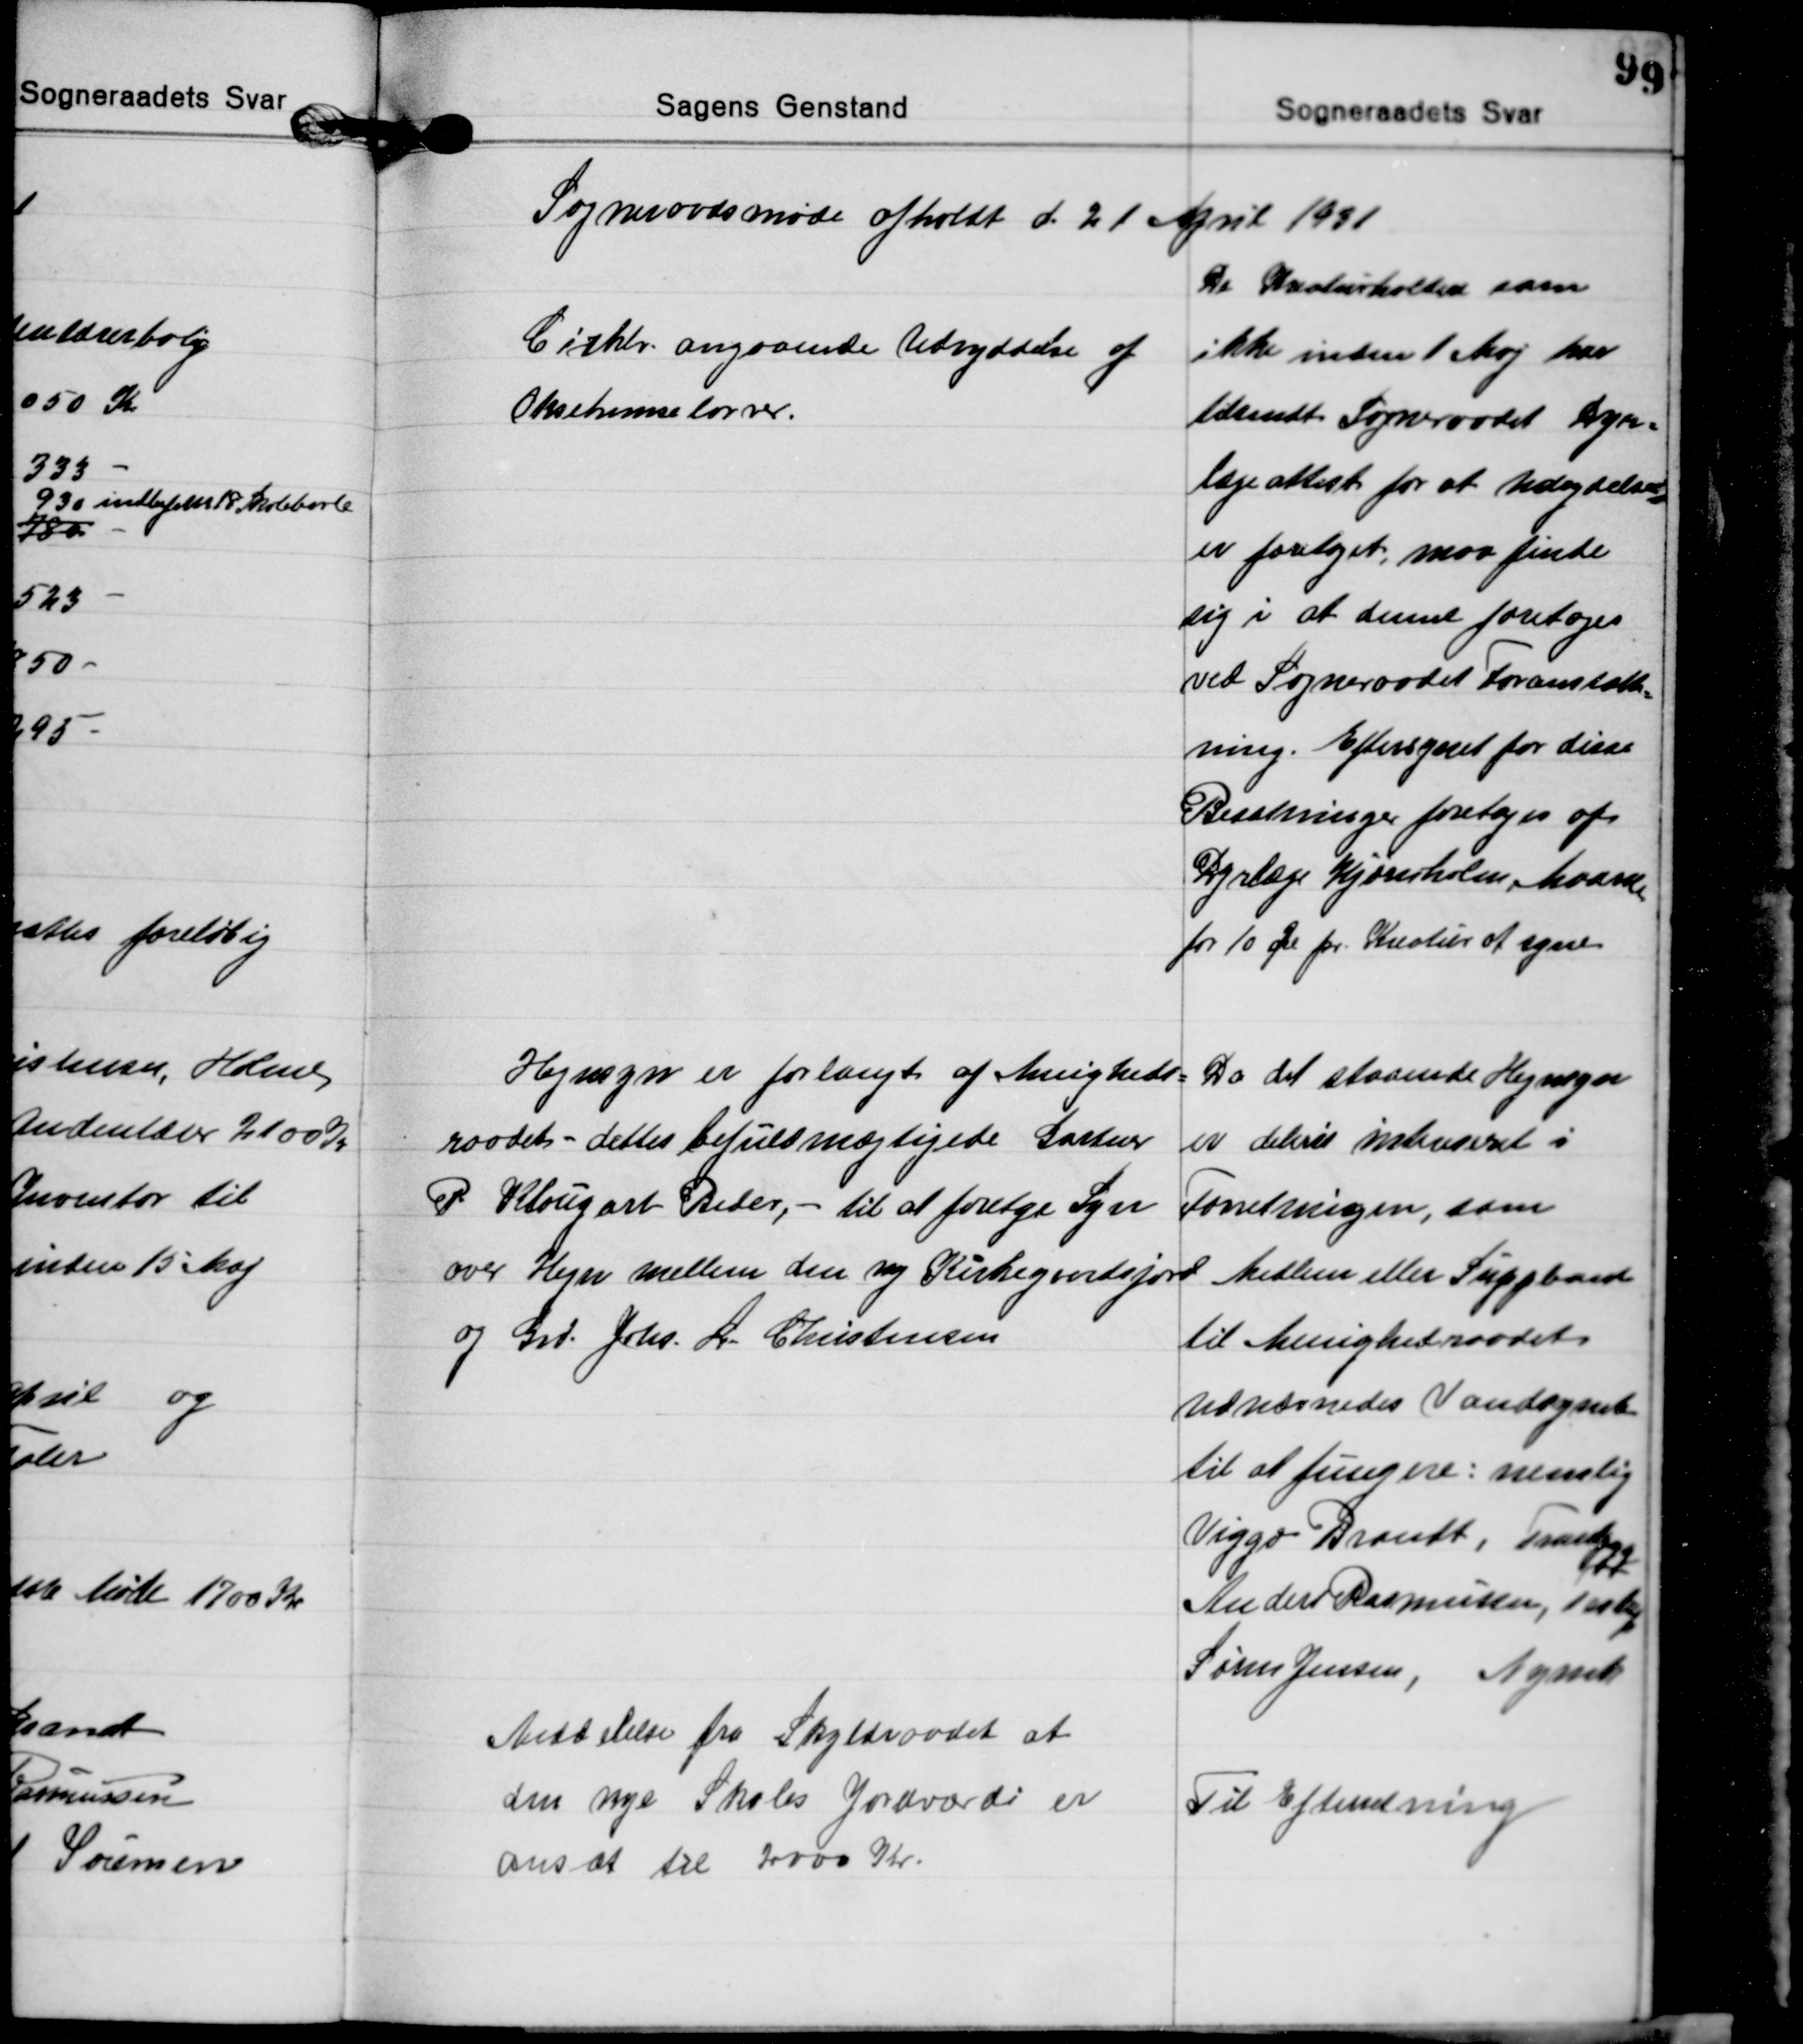
Transskription:
Sogneraadsmøde afholdt d. 21 April 1931

Cirklr. angaaende Udryddelse af
Oksebremselarver.
De Kreaturholdere som
ikke inden 1 Maj har
tilsendt Sogneraadet Dyr=
lægeattest for at Udrydelse
er foretaget, maa finde
sig i at denne foretages
ved Sogneraadet Foranstalt=
ning. Eftersynet for disse
Besætninger foretages af
Dyrlæge Hjørnholm, Maarslet
for 10 Øre pr. Kreatur at syne

Hegnsyn er forlangt af Menigheds=
raadet - dettes befuldmægtigede Gartner
P Klougart Beder, - til at foretage Syn
over Hegn mellem den ny Kirkegaardsjord
og Grd. Johs. L. Christensen
Da det staaende Hegnsyn
er delvis intereseret i
Forretningen, som
Medlem eller Suppleant
til Menighedraadet
Udnævnedes Vandsynet
til at fungere: nemlig
Viggo Brandt, Tranbjgg
Anders Rasmussen, Testrp
Søren Jensen, Nymark

Meddelelse fra Skyldraadet at
den nye Skoles Jordværdi er
ansat til 2000 Kr.
Til Efterretning